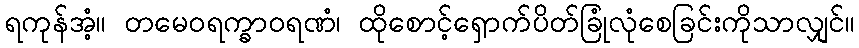
ရကုန်အံ့။ တမေဝရက္ခာဝရဏံ၊ ထိုစောင့်ရှောက်ပိတ်ခြုံလုံစေခြင်းကိုသာလျှင်။